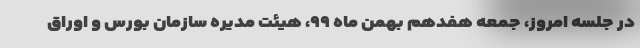
در جلسه امروز، جمعه هفدهم بهمن ماه ۹۹، هیئت مدیره سازمان بورس و اوراق